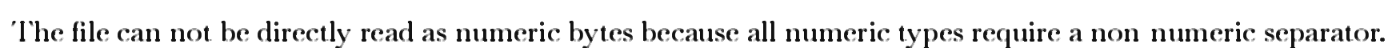
The file can not be directly read as numeric bytes because all numeric types require a non-numeric separator.